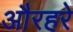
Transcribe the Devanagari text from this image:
औरहरे